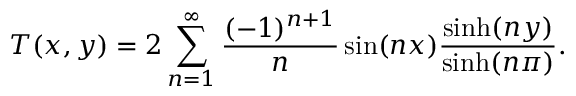
T ( x , y ) = 2 \sum _ { n = 1 } ^ { \infty } { \frac { ( - 1 ) ^ { n + 1 } } { n } } \sin ( n x ) { \frac { \sinh ( n y ) } { \sinh ( n \pi ) } } .